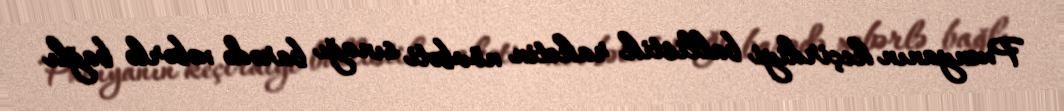
Pxenyanın keçirdiyi ballistik raketin növbəti sınağı barədə xəbərlə bağlı